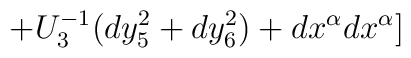
+U_3^{-1}(dy_5^2+dy_6^2)+dx^{\alpha}dx^{\alpha}]